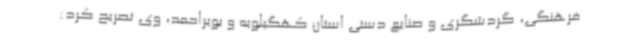
فرهنگی، گردشگری و صنایع دستی استان کهگیلویه و بویراحمد، وی تصریح کرد: